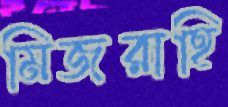
মিজরাহি